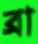
ব্রা